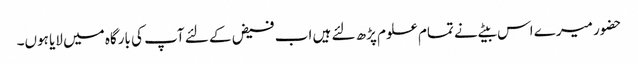
حضور میرے اس بیٹے نے تمام علوم پڑھ لئے ہیں اب فیض کے لئے آپ کی بارگاہ میں لایا ہوں۔